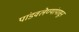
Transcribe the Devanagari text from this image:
पांडवलेण्यांपासून